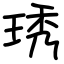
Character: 琇